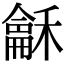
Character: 𮃰